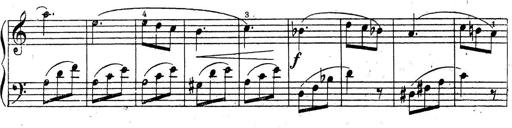
Title: 10 Sonatinas
Composer: Fritz Spindler